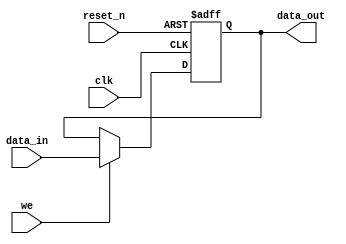
//////////////////////////////////////////////////////////////////////////////
// SPDX-FileCopyrightText: 2021 , Dinesh Annayya                          
// 
// Licensed under the Apache License, Version 2.0 (the "License");
// you may not use this file except in compliance with the License.
// You may obtain a copy of the License at
//
//      http://www.apache.org/licenses/LICENSE-2.0
//
// Unless required by applicable law or agreed to in writing, software
// distributed under the License is distributed on an "AS IS" BASIS,
// WITHOUT WARRANTIES OR CONDITIONS OF ANY KIND, either express or implied.
// See the License for the specific language governing permissions and
// limitations under the License.
// SPDX-License-Identifier: Apache-2.0
// SPDX-FileContributor: Created by Dinesh Annayya <dinesha@opencores.org>
//
//////////////////////////////////////////////////////////////////////
////                                                              ////
////  Tubo 8051 cores common library Module                       ////
////                                                              ////
////  This file is part of the Turbo 8051 cores project           ////
////  http://www.opencores.org/cores/turbo8051/                   ////
////                                                              ////
////  Description                                                 ////
////  Turbo 8051 definitions.                                     ////
////                                                              ////
////  To Do:                                                      ////
////    nothing                                                   ////
////                                                              ////
////  Author(s):                                                  ////
////      - Dinesh Annayya, dinesha@opencores.org                 ////
////                                                              ////
////  Revision : Mar 2, 2011                                      //// 
////                                                              ////
//////////////////////////////////////////////////////////////////////
////                                                              ////
//// Copyright (C) 2000 Authors and OPENCORES.ORG                 ////
////                                                              ////
//// This source file may be used and distributed without         ////
//// restriction provided that this copyright statement is not    ////
//// removed from the file and that any derivative work contains  ////
//// the original copyright notice and the associated disclaimer. ////
////                                                              ////
//// This source file is free software; you can redistribute it   ////
//// and/or modify it under the terms of the GNU Lesser General   ////
//// Public License as published by the Free Software Foundation; ////
//// either version 2.1 of the License, or (at your option) any   ////
//// later version.                                               ////
////                                                              ////
//// This source is distributed in the hope that it will be       ////
//// useful, but WITHOUT ANY WARRANTY; without even the implied   ////
//// warranty of MERCHANTABILITY or FITNESS FOR A PARTICULAR      ////
//// PURPOSE.  See the GNU Lesser General Public License for more ////
//// details.                                                     ////
////                                                              ////
//// You should have received a copy of the GNU Lesser General    ////
//// Public License along with this source; if not, download it   ////
//// from http://www.opencores.org/lgpl.shtml                     ////
////                                                              ////
//////////////////////////////////////////////////////////////////////

/*********************************************************************
** module: bit register

** description: infers a register, make it modular
 ***********************************************************************/
module bit_register (
		 //inputs
		 we,		 
		 clk,
		 reset_n,
		 data_in,
		 
		 //outputs
		 data_out
		 );

//---------------------------------
// Reset Default value
//---------------------------------
parameter  RESET_DEFAULT = 1'h0;

  input	 we;
  input	 clk;
  input	 reset_n;
  input	 data_in;
  output data_out;
  
  reg	 data_out;
  
  //infer the register
  always @(posedge clk or negedge reset_n)
    begin
      if (!reset_n)
	data_out <= RESET_DEFAULT;
      else if (we)
	data_out <= data_in;
    end // always @ (posedge clk or negedge reset_n)
endmodule // register


/*********************************************************************
** module: req register.

** description: This register is set by cpu writting 1 and reset by
                harward req = 1

 Note: When there is a clash between cpu and hardware, cpu is given higher
       priority

 ***********************************************************************/
module req_register (
		 //inputs
		 clk,
		 reset_n,
		 cpu_we,		 
		 cpu_req,
		 hware_ack,
		 
		 //outputs
		 data_out
		 );

//---------------------------------
// Reset Default value
//---------------------------------
parameter  RESET_DEFAULT = 1'h0;

  input	 clk      ;
  input	 reset_n  ;
  input	 cpu_we   ; // cpu write enable
  input	 cpu_req  ; // CPU Request
  input	 hware_ack; // Hardware Ack
  output data_out ;
  
  reg	 data_out;
  
  //infer the register
  always @(posedge clk or negedge reset_n)
    begin
      if (!reset_n)
	data_out <= RESET_DEFAULT;
      else if (cpu_we & cpu_req) // Set on CPU Request
	 data_out <= 1'b1;
      else if (hware_ack)  // Reset the flag on Hardware ack
	 data_out <= 1'b0;
    end // always @ (posedge clk or negedge reset_n)
endmodule // register


/*********************************************************************
** module: req register.

** description: This register is cleared by cpu writting 1 and set by
                harward req = 1

 Note: When there is a clash between cpu and hardware, 
       hardware is given higher priority

 ***********************************************************************/
module stat_register (
		 //inputs
		 clk,
		 reset_n,
		 cpu_we,		 
		 cpu_ack,
		 hware_req,
		 
		 //outputs
		 data_out
		 );

//---------------------------------
// Reset Default value
//---------------------------------
parameter  RESET_DEFAULT = 1'h0;

  input	 clk      ;
  input	 reset_n  ;
  input	 cpu_we   ; // cpu write enable
  input	 cpu_ack  ; // CPU Ack
  input	 hware_req; // Hardware Req
  output data_out ;
  
  reg	 data_out;
  
  //infer the register
  always @(posedge clk or negedge reset_n)
    begin
      if (!reset_n)
	data_out <= RESET_DEFAULT;
      else if (hware_req)  // Set the flag on Hardware Req
	 data_out <= 1'b1;
      else if (cpu_we & cpu_ack) // Clear on CPU Ack
	 data_out <= 1'b0;
    end // always @ (posedge clk or negedge reset_n)
endmodule // register





/*********************************************************************
 module: generic register
***********************************************************************/
module  generic_register	(
	      //List of Inputs
	      we,		 
	      data_in,
	      reset_n,
	      clk,
	      
	      //List of Outs
	      data_out
	      );

  parameter   WD               = 1;  
  parameter   RESET_DEFAULT    = 0;  
  input [WD-1:0]     we;	
  input [WD-1:0]     data_in;	
  input              reset_n;
  input		     clk;
  output [WD-1:0]    data_out;


generate
  genvar i;
  for (i = 0; i < WD; i = i + 1) begin : gen_bit_reg
    bit_register #(RESET_DEFAULT[i]) u_bit_reg (   
                .we         (we[i]),
                .clk        (clk),
                .reset_n    (reset_n),
                .data_in    (data_in[i]),
                .data_out   (data_out[i])
            );
  end
endgenerate


endmodule


/*********************************************************************
 module: generic interrupt status
***********************************************************************/
module  generic_intr_stat_reg	(
		 //inputs
		 clk,
		 reset_n,
		 reg_we,		 
		 reg_din,
		 hware_req,
		 
		 //outputs
		 data_out
	      );

  parameter   WD               = 1;  
  parameter   RESET_DEFAULT    = 0;  
  input [WD-1:0]     reg_we;	
  input [WD-1:0]     reg_din;	
  input [WD-1:0]     hware_req;	
  input              reset_n;
  input		     clk;
  output [WD-1:0]    data_out;


generate
  genvar i;
  for (i = 0; i < WD; i = i + 1) begin : gen_bit_reg
    stat_register #(RESET_DEFAULT[i]) u_bit_reg (
		 //inputs
		 . clk        (clk           ),
		 . reset_n    (reset_n       ),
		 . cpu_we     (reg_we[i]     ),		 
		 . cpu_ack    (reg_din[i]    ),
		 . hware_req  (hware_req[i]  ),
		 
		 //outputs
		 . data_out  (data_out[i]    )
		 );

  end
endgenerate


endmodule

/*********************************************************************
 module: generic 32b register
***********************************************************************/
module  gen_32b_reg	(
	      //List of Inputs
	      cs,
	      we,		 
	      data_in,
	      reset_n,
	      clk,
	      
	      //List of Outs
	      data_out
	      );

  parameter   RESET_DEFAULT    = 32'h0;  
  input [3:0]      we;	
  input            cs;
  input [31:0]     data_in;	
  input            reset_n;
  input		   clk;
  output [31:0]    data_out;


  reg [31:0]    data_out;

always @ (posedge clk or negedge reset_n) begin 
  if (reset_n == 1'b0) begin
    data_out  <= RESET_DEFAULT ;
  end
  else begin
    if(cs && we[0]) data_out[7:0]   <= data_in[7:0];
    if(cs && we[1]) data_out[15:8]  <= data_in[15:8];
    if(cs && we[2]) data_out[23:16] <= data_in[23:16];
    if(cs && we[3]) data_out[31:24] <= data_in[31:24];
  end
end


endmodule